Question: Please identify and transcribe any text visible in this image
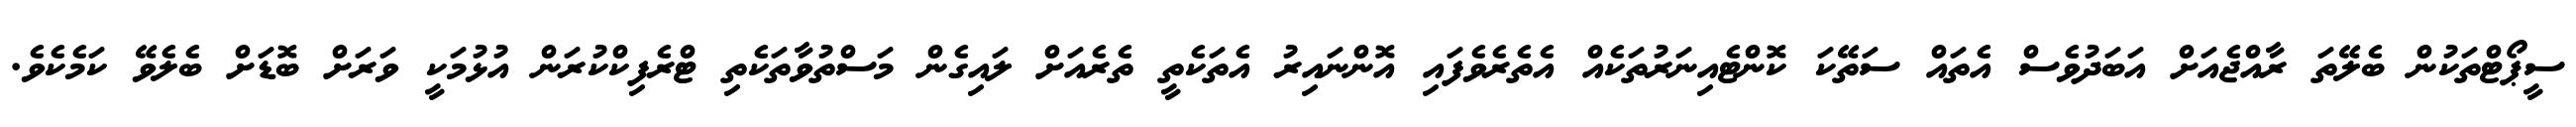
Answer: ސީޕޯޓްތަކުން ބެލޭތަ ރާއްޖެއަށް އަބަދުވެސް އެތައް ސަތޭކަ ކޮންޓެއިނަރުތަކެއް އެތެރެވެފައި އޮންނައިރު އެތަކެތީ ތެރެއަށް ލައިގެން މަސްތުވާތަކެތި ޓްރެފިކްކުރަން އުޅުމަކީ ވަރަށް ބޮޑަށް ބެލެވޭ ކަމެކެވެ.